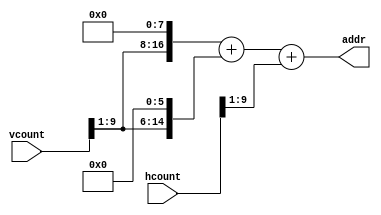
module addr_map(input[9:0] hcount,
                input[9:0] vcount,
                output[16:0] addr);
assign addr = (vcount[9:1] << 8) + (vcount[9:1] << 6) + (hcount >> 1);
endmodule